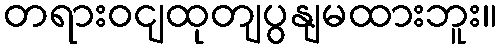
တရားဝငျထုတျပွနျမထားဘူး။